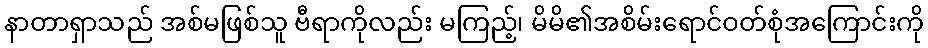
နာတာရှာသည် အစ်မဖြစ်သူ ဗီရာကိုလည်း မကြည့်၊ မိမိ၏အစိမ်းရောင်ဝတ်စုံအကြောင်းကို